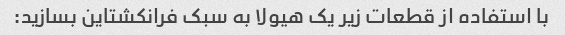
با استفاده از قطعات زیر یک هیولا به سبک فرانکشتاین بسازید: